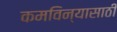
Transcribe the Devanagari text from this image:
कमविन्यासाठी